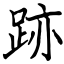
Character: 跡